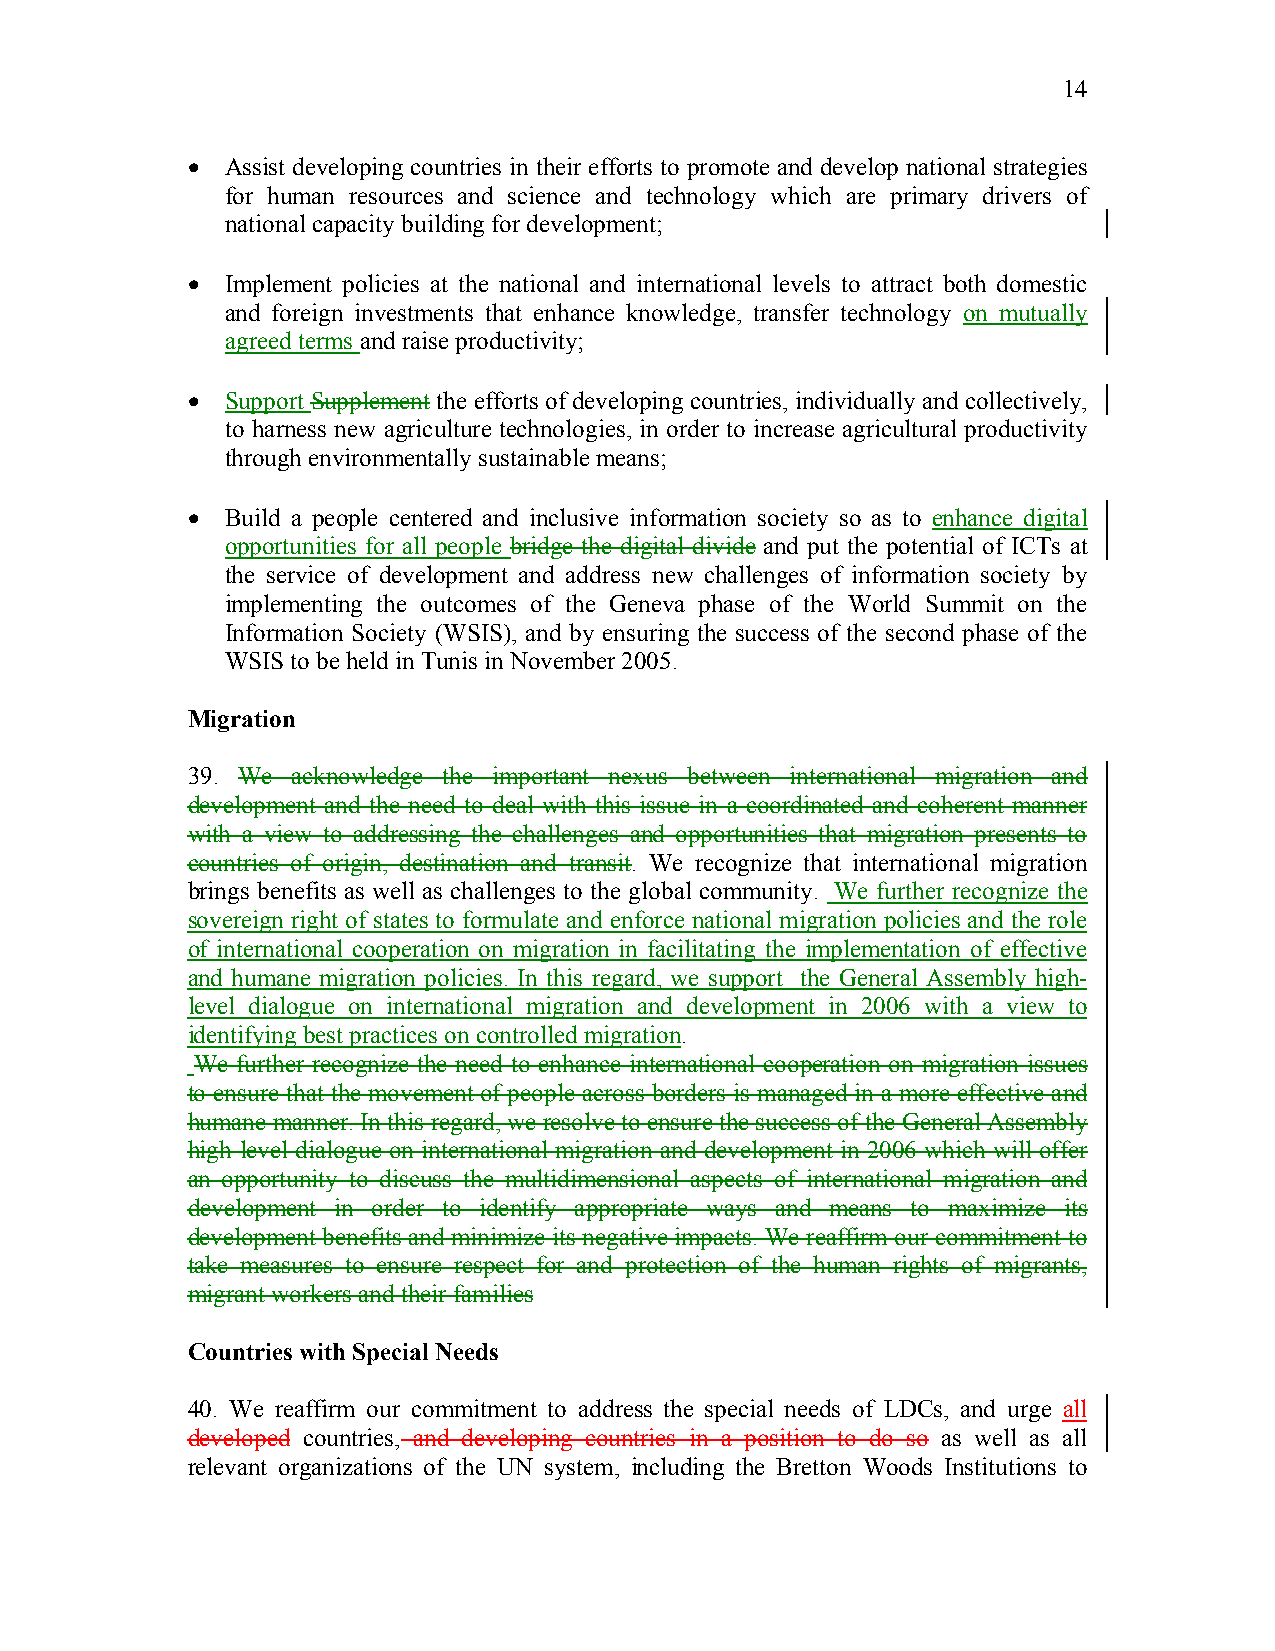
14
 •  Assist developing countries in their efforts to promote and develop national strategies
 for human resources and science and technology which are primary drivers of
 national capacity building for development;
 •  Implement policies at the national and international levels to attract both domestic
 and foreign investments that enhance knowledge, transfer technology on mutually
 agreed terms and raise productivity;
 •  Support Supplement the efforts of developing countries, individually and collectively,
 to harness new agriculture technologies, in order to increase agricultural productivity
 through environmentally sustainable means;
 •  Build a people centered and inclusive information society so as to enhance digital
 opportunities for all people bridge the digital divide and put the potential of ICTs at
 the service of development and address new challenges of information society by
 implementing the outcomes of the Geneva phase of the World Summit on the
 Information Society (WSIS), and by ensuring the success of the second phase of the
 WSIS to be held in Tunis in November 2005.
 Migration
 39. We acknowledge the important nexus between international migration and
 development and the need to deal with this issue in a coordinated and coherent manner
 with a view to addressing the challenges and opportunities that migration presents to
 countries of origin, destination and transit. We recognize that international migration
 brings benefits as well as challenges to the global community. We further recognize the
 sovereign right of states to formulate and enforce national migration policies and the role
 of international cooperation on migration in facilitating the implementation of effective
 and humane migration policies. In this regard, we support the General Assembly high-
 level dialogue on international migration and development in 2006 with a view to
 identifying best practices on controlled migration.
 We further recognize the need to enhance international cooperation on migration issues
 to ensure that the movement of people across borders is managed in a more effective and
 humane manner. In this regard, we resolve to ensure the success of the General Assembly
 high-level dialogue on international migration and development in 2006 which will offer
 an opportunity to discuss the multidimensional aspects of international migration and
 development in order to identify appropriate ways and means to maximize its
 development benefits and minimize its negative impacts. We reaffirm our commitment to
 take measures to ensure respect for and protection of the human rights of migrants,
 migrant workers and their families
 Countries with Special Needs
 40. We reaffirm our commitment to address the special needs of LDCs, and urge all
 developed countries, and developing countries in a position to do so as well as all
 relevant organizations of the UN system, including the Bretton Woods Institutions to